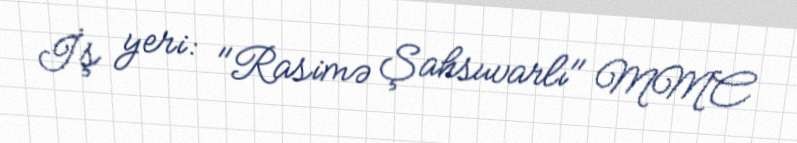
İş yeri: "Rasimə Şahsuvarlı" MMC